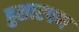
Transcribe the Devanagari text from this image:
हुशारपण